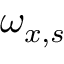
\omega _ { x , s }